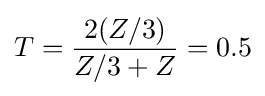
T={\frac {2(Z/3)}{Z/3+Z}}=0.5